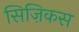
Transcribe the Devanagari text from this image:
सिज़िकस